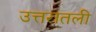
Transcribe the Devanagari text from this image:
उत्तरातली